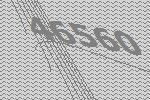
46560